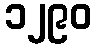
၁၂၉၀